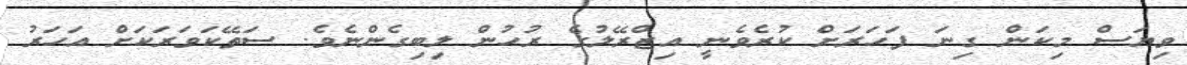
ވިޔަސް މިކަން ގިނަ ފަހަރަށް ކުރެވެނީ އިޒްރޭލުގެ ރުހުން ލިބިގެންނެވެ. ސަތޭކަވަރަކަށް އަހަރު